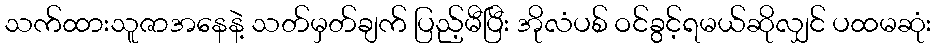
သက်ထားသူဇာအနေနဲ့ သတ်မှတ်ချက် ပြည့်မီပြီး အိုလံပစ် ဝင်ခွင့်ရမယ်ဆိုလျှင် ပထမဆုံး